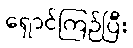
ရှောင်ကြဉ်ပြီး